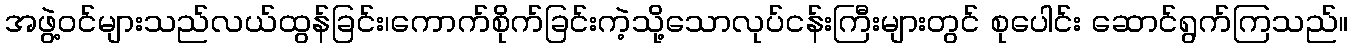
အဖွဲ့ဝင်များသည်လယ်ထွန်ခြင်း၊ကောက်စိုက်ခြင်းကဲ့သို့သောလုပ်ငန်းကြီးများတွင် စုပေါင်း ဆောင်ရွက်ကြသည်။